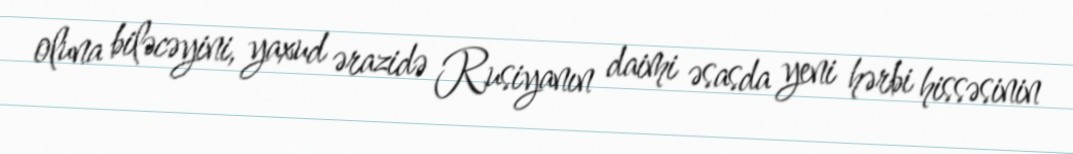
oluna biləcəyini, yaxud ərazidə Rusiyanın daimi əsasda yeni hərbi hissəsinin